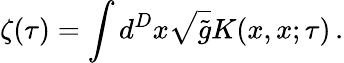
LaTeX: \zeta(\tau)=\int d^{D}x\sqrt{\tilde{g}}K(x,x;\tau)\, .